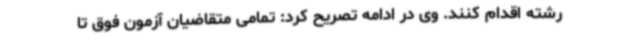
رشته اقدام کنند. وی در ادامه تصریح کرد: تمامی متقاضیان آزمون فوق تا